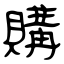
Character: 購